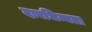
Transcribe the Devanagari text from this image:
दाबभिन्नता